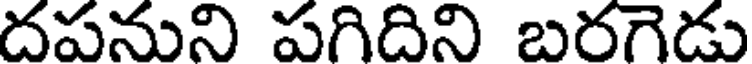
దపనుని పగిదిని బరగెడు